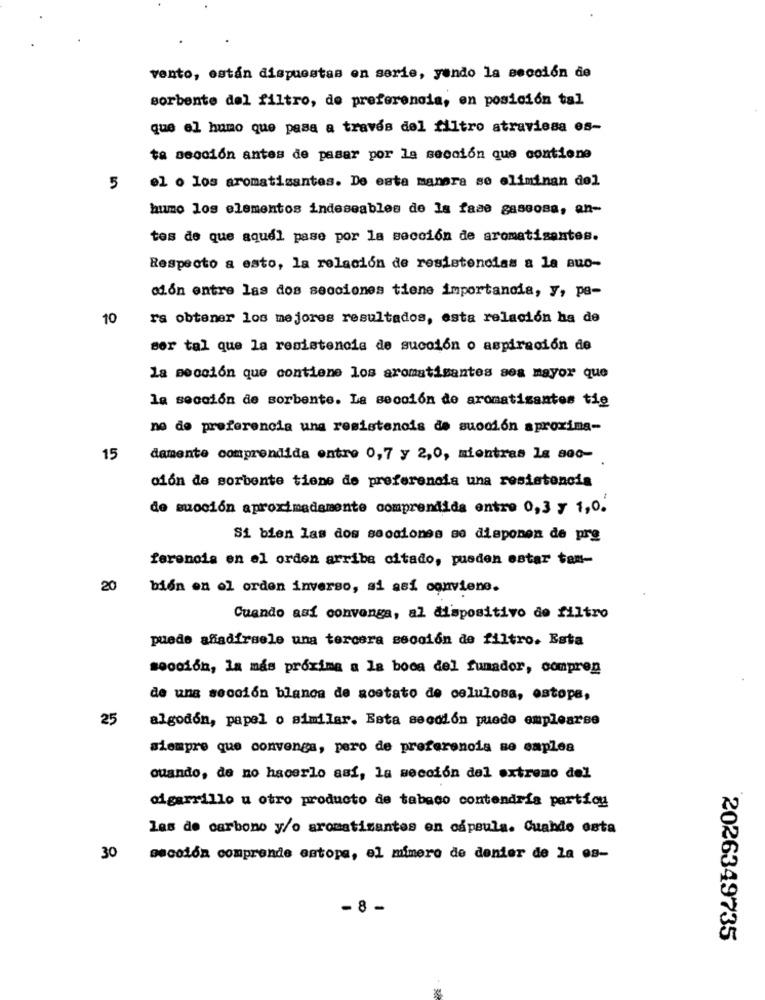
vento, están dispuestas en serie, yendo la sección de
sorbente del filtro, de preferencia, en posición tal
que el humo que pasa a través del filtro atraviesa es-
ta sección antes de pasar por la sección que contiene
el o los aromatisantes. De esta manera se eliminan del
5
humo los elementos indeseables de la fase gaseosa, an-
tes de que aquel pase por la sección de aromatisantes.
Respecto a esto, la relación de resistencias a la quo-
ción entre las dos secciones tiene importancia, y, pa-
10
ra obtener los mejores resultados, esta relación ha de
ser tal que la resistencia de succión o aspiración de
la sección que contiene los aromatisantes sea mayor que
la sección de sorbente. La sección de aromatisantes tie
no de preferencia una resistencis de suoción aproxima-
15
damente comprendida entre 0,7 y 2,0, mientras la 800-
ción de sorbente tiene de preferencia una resistencia
de suoción aproximadamente comprendida entre 0,3 y 1,0.
Si bien las dos secciones so disponen de pre
ferencia en el orden arriba citado, pueden estar tam-
20
bien en el orden inverso, si asi conviene.
Cuando así convenga, al dispositivo de filtro
puede añadirsele una tercera sección de filtro. Esta
sección, la más próxima a la boca del fumador, compren
de una sección blanca de aostato de celulosa, estope,
25
algodón, papel o similar. Esta sección puede emplearse
siempre que convenga, pero de preferencia se emplea
Quando, de no hacerlo así, la sección del extremo del
cigarrillo u otro producto de tabaco contendría partiou
las de carbono y/o aromatizantes en capsula. Cuando esta
30
decolón comprende estopa, el mimero de denier de la es-
- 8 -
2026349735